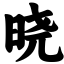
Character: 晓